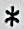
*